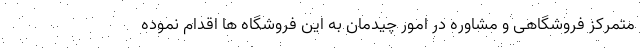
متمرکز فروشگاهی و مشاوره در امور چیدمان به این فروشگاه ها اقدام نموده